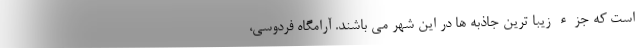
است که جزء زیبا ترین جاذبه ها در این شهر می باشند. آرامگاه فردوسی،